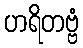
ဟရိတဗ္ဗံ